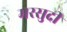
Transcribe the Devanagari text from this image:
मरसुदी